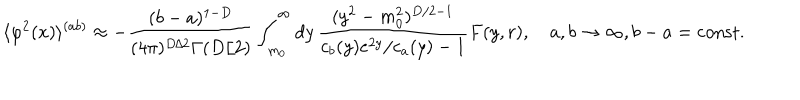
LaTeX: \langle \varphi ^ { 2 } ( x ) \rangle ^ { ( a b ) } \approx - \frac { ( b - a ) ^ { 1 - D } } { ( 4 \pi ) ^ { D / 2 } \Gamma ( D / 2 ) } \int _ { m _ { 0 } } ^ { \infty } d y \, \frac { ( y ^ { 2 } - m _ { 0 } ^ { 2 } ) ^ { D / 2 - 1 } } { c _ { b } ( y ) e ^ { 2 y } / c _ { a } ( y ) - 1 } F ( y , r ) , \quad a , b \to \infty , b - a = { \mathrm { c o n s t } } .